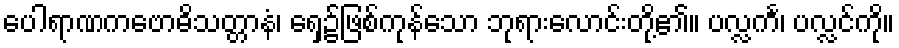
ပေါရာဏကဗောဓိသတ္တာနံ၊ ရှေ့၌ဖြစ်ကုန်သော ဘုရားလောင်းတို့၏။ ပလ္လင်္က၊ ပလ္လင်ကို။